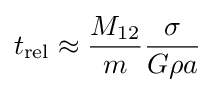
t_{\rm {rel}}\approx {M_{12} \over m}{\sigma  \over G\rho a}